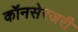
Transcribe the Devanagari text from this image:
कॉनसेरजरी